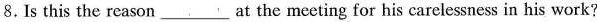
8.Is this the reason___at the meeting for his carelessness in his work?